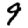
Digit: 9